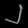
Digit: ၂